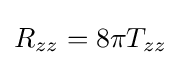
R_{zz}=8\pi T_{zz}